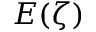
E ( \zeta )